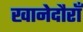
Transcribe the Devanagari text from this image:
खानेदौराँ